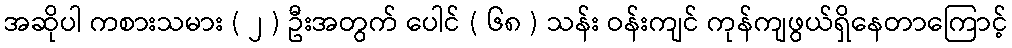
အဆိုပါ ကစားသမား ( ၂ ) ဦးအတွက် ပေါင် ( ၆၈ ) သန်း ဝန်းကျင် ကုန်ကျဖွယ်ရှိနေတာကြောင့်